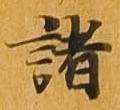
諸